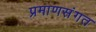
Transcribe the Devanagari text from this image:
प्रमाणसंगत